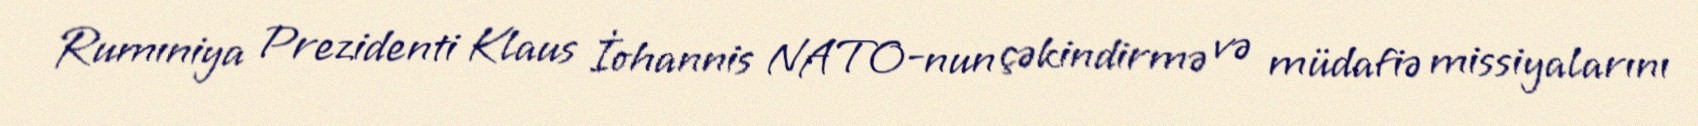
Rumıniya Prezidenti Klaus İohannis NATO-nun çəkindirmə və müdafiə missiyalarını